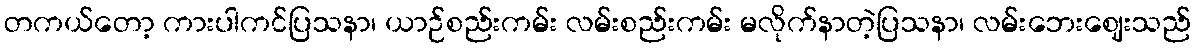
တကယ်တော့ ကားပါကင်ပြသနာ၊ ယာဉ်စည်းကမ်း လမ်းစည်းကမ်း မလိုက်နာတဲ့ပြသနာ၊ လမ်းဘေးဈေးသည်